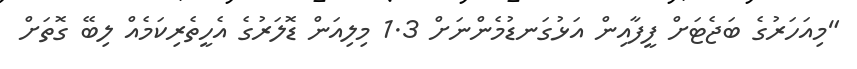
"މިއަހަރުގެ ބަޖެޓަށް ފީފާއިން އަޅުގަނޑުމެންނަށް 1.3 މިލިއަން ޑޮލަރުގެ އެހީތެރިކަމެއް ލިބޭ ގޮތަށް